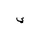
Letter: _ya